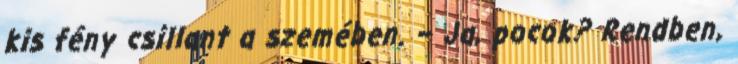
kis fény csillant a szemében. – Ja, pocok? Rendben,